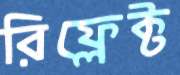
রিফ্লেক্ট